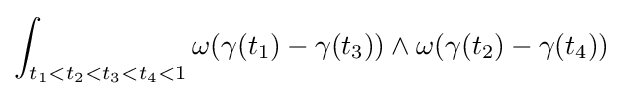
\int _{t_{1}<t_{2}<t_{3}<t_{4}<1}\omega (\gamma (t_{1})-\gamma (t_{3}))\wedge \omega (\gamma (t_{2})-\gamma (t_{4}))